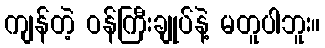
ကျန်တဲ့ ဝန်ကြီးချုပ်နဲ့ မတူပါဘူး။